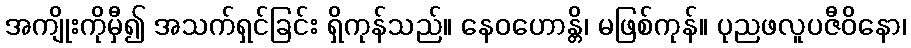
အကျိုးကိုမှီ၍ အသက်ရှင်ခြင်း ရှိကုန်သည်။ နေဝဟောန္တိ၊ မဖြစ်ကုန်။ ပုညဖလူပဇီဝိနော၊